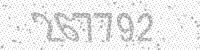
Solution: 267792